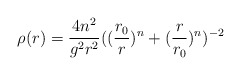
\begin{align*}\rho(r)=\frac{4n^2}{g^2r^2}((\frac{r_0}r)^n+(\frac r{r_0})^n)^{-2} \end{align*}